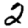
Digit: 2